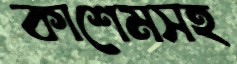
কাশেমসহ